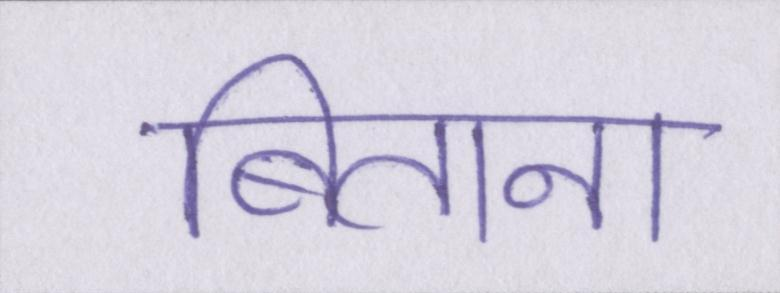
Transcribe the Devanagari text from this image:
बिताना